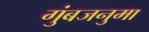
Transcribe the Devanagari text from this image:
गुंबजनुमा